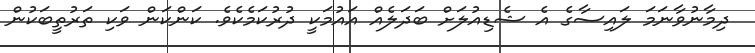
ދިމާނުވާނަމަ ލައިސާގެ އެ ޝެޑިއުލަށް ބަދަލެއް އައުމަކީ ދުރުކަމެކެވެ. ކަންކަން ވަކި ތަރުތީބަކުން